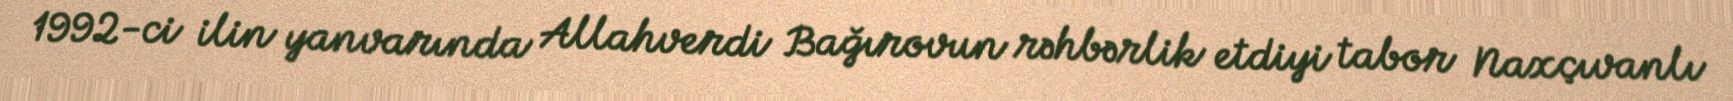
1992-ci ilin yanvarında Allahverdi Bağırovun rəhbərlik etdiyi tabor Naxçıvanlı